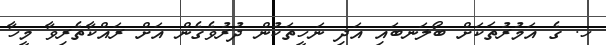
ހ. ގެ އަމުރުތަކަށް ބޯލަނބައި އަދި ނަހީތަކުން ދުރުވެގެން އަށް ރައްކާތެރިވާ މީހާ